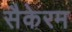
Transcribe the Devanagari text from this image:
सैकेरम